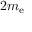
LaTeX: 2 m _ { \mathrm { e } }